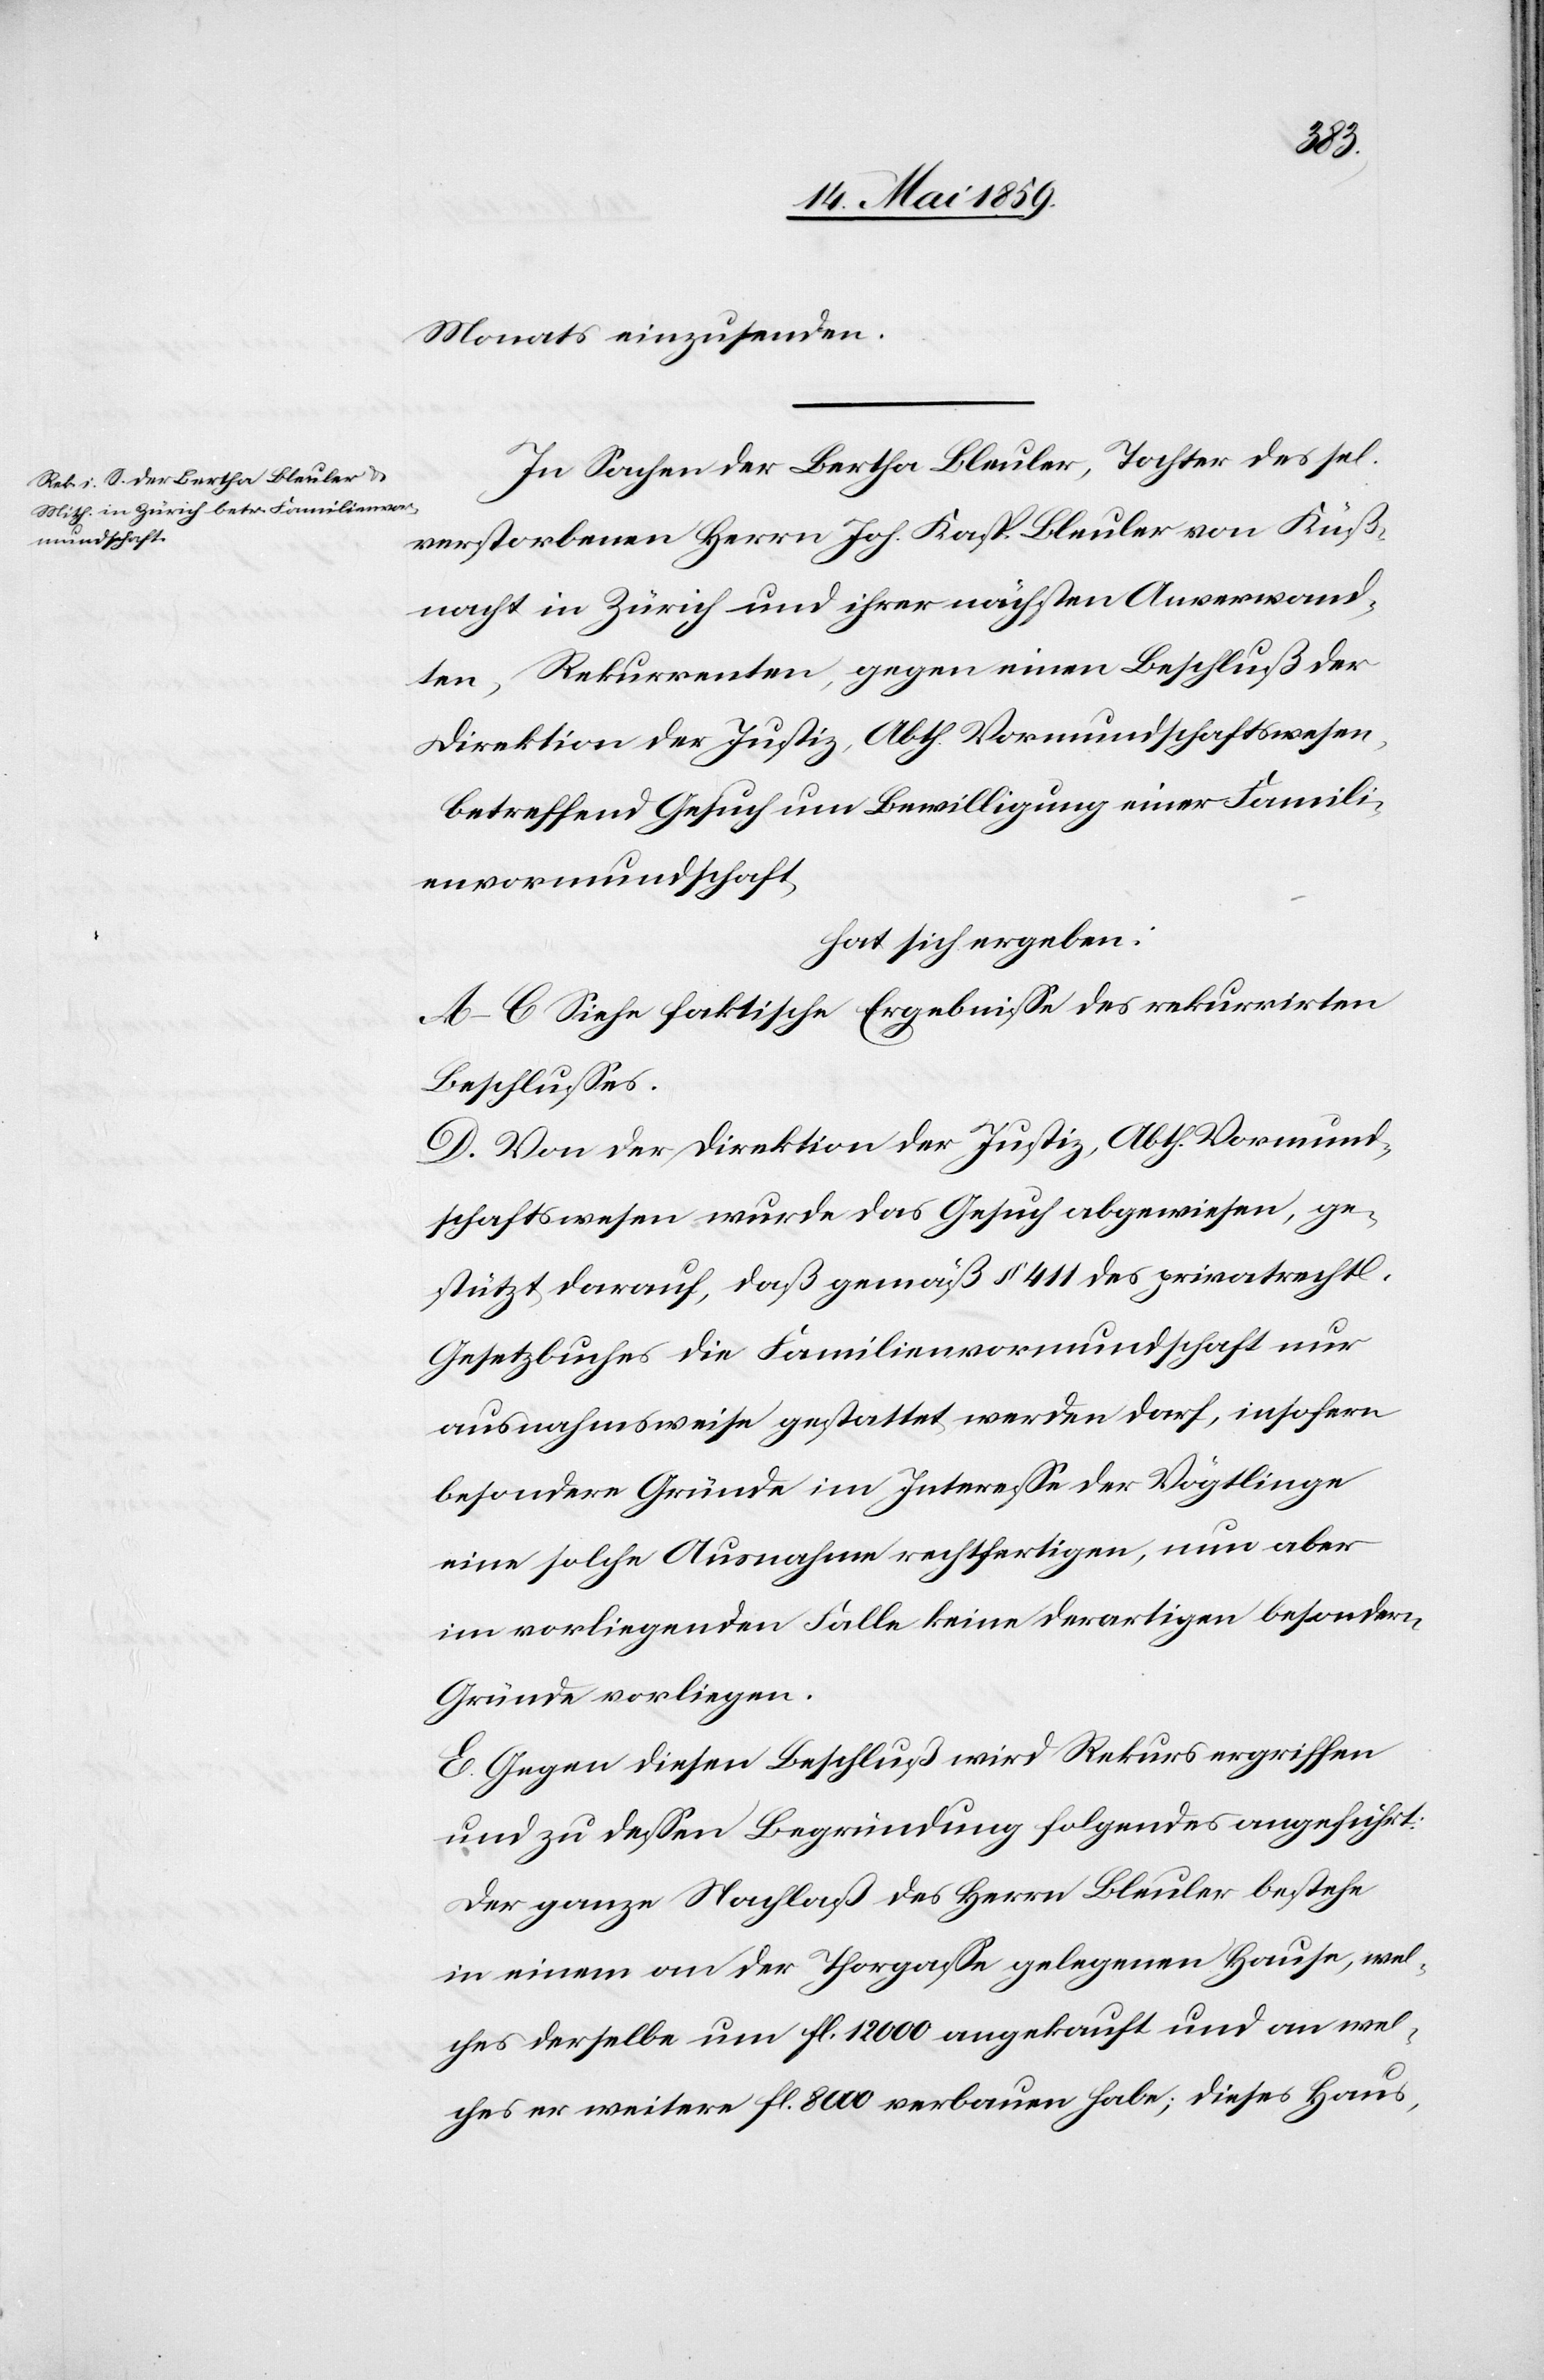
Monats einzusenden.
In Sachen der Bertha Bleuler, Tochter des sel.
verstorbenen Herrn Joh. Kasp. Bleuler von Küß¬
nacht in Zürich und ihrer nächsten Anverwand¬
ten, Rekurrenten, gegen einen Beschluß der
Direktion der Justiz, Abth. Vormundschaftswesen,
betreffend Gesuch um Bewilligung einer Famili¬
envormundschaft,
hat sich ergeben:
A‒C Siehe faktische Ergebniße des rekurrirten
Beschlußes.
D. Von der Direktion der Justiz, Abth. Vormund¬
schaftswesen wurde das Gesuch abgewiesen, ge¬
stützt darauf, daß gemäß § 411 des privatrechtl.
Gesetzbuches die Familienvormundschaft nur
ausnahmsweise gestattet werden darf, insofern
besondere Gründe im Intereße der Vögtlinge
eine solche Ausnahme rechtfertigen, nun aber
im vorliegenden Falle keine derartigen besondern
Gründe vorliegen.
E. Gegen diesen Beschluß wird Rekurs ergriffen
und zu deßen Begründung folgendes angeführt:
der ganze Nachlaß des Herrn Bleuler bestehe
in einem an der Thorgaße gelegenen Hause, wel¬
ches derselbe um fl. 12 000 angekauft und an wel¬
ches er weitere fl. 8000 verbauen habe; dieses Haus,